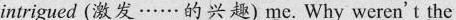
intrigued (激发……的兴趣) me.Why weren't the